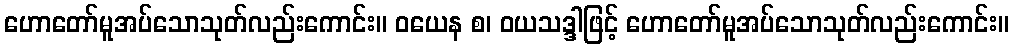
ဟောတော်မူအပ်သောသုတ်လည်းကောင်း။ ဝယေန စ၊ ဝယသဒ္ဒါဖြင့် ဟောတော်မူအပ်သောသုတ်လည်းကောင်း။